King Institute of Preventive Medicine Micro-Biological Section reports 1909-11
Year: 1909
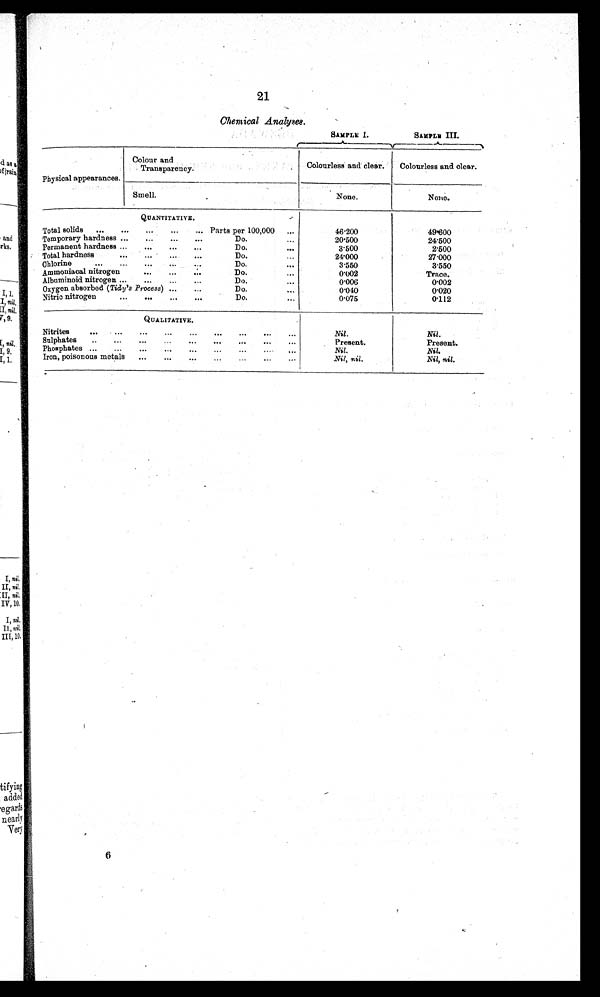
21
Chemical Analyses.
SAMPLE I.
SAMPLE III.
Physical appearances.
Colour and
Transparency.
Colourless and clear.
Colourless and clear.
Smell.
None.
None.
QUANTITATIVE.
Total solids
...
...
...
. . . ...
Parts per 100,000
...
46.200
49.600
Temporary hardness ...
...
...
...
Do.. .
.
20.500
24.500
Permanent hardness ...
...
Do.
...
3.500
2.500
Total hardness
...
.. . . . . ...
Do.
...
24.000
27.000
Chlorine
...
...
...
Do.
...
3.550
3.550
Ammoniacal nitrogen
...
...
...
Do.
...
0.002
Trace.
Albuminoid nitrogen ...
...
...
Do.
...
0.006
0.002
Oxygen absorbed (Tidy's Process) ......
Do.
...
0.040
0.020
Nitric nitrogen
...
...
...
...
Do.
0.075
0.112
QUALITATIVE.
Nitrites
...
.... ...
... ... ...
...
Nil.
Nil.
Sulphates
...
... ...
...
...
...
...
Present.
Present.
Phosphates ....
...
...
Nil.
Nil.
Iron, poisonous metals
...
...
...
...
Nil, nil.
Nil, nil.